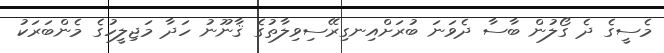
މެސީގެ ދެ ގޯލުން ބާސާ ދެވަނަ ބުރަށްއިނގިރޭސިވިލާތުގެ ޤާނޫނު ހަދާ މަޖިލީހުގެ މެންބަރަކު